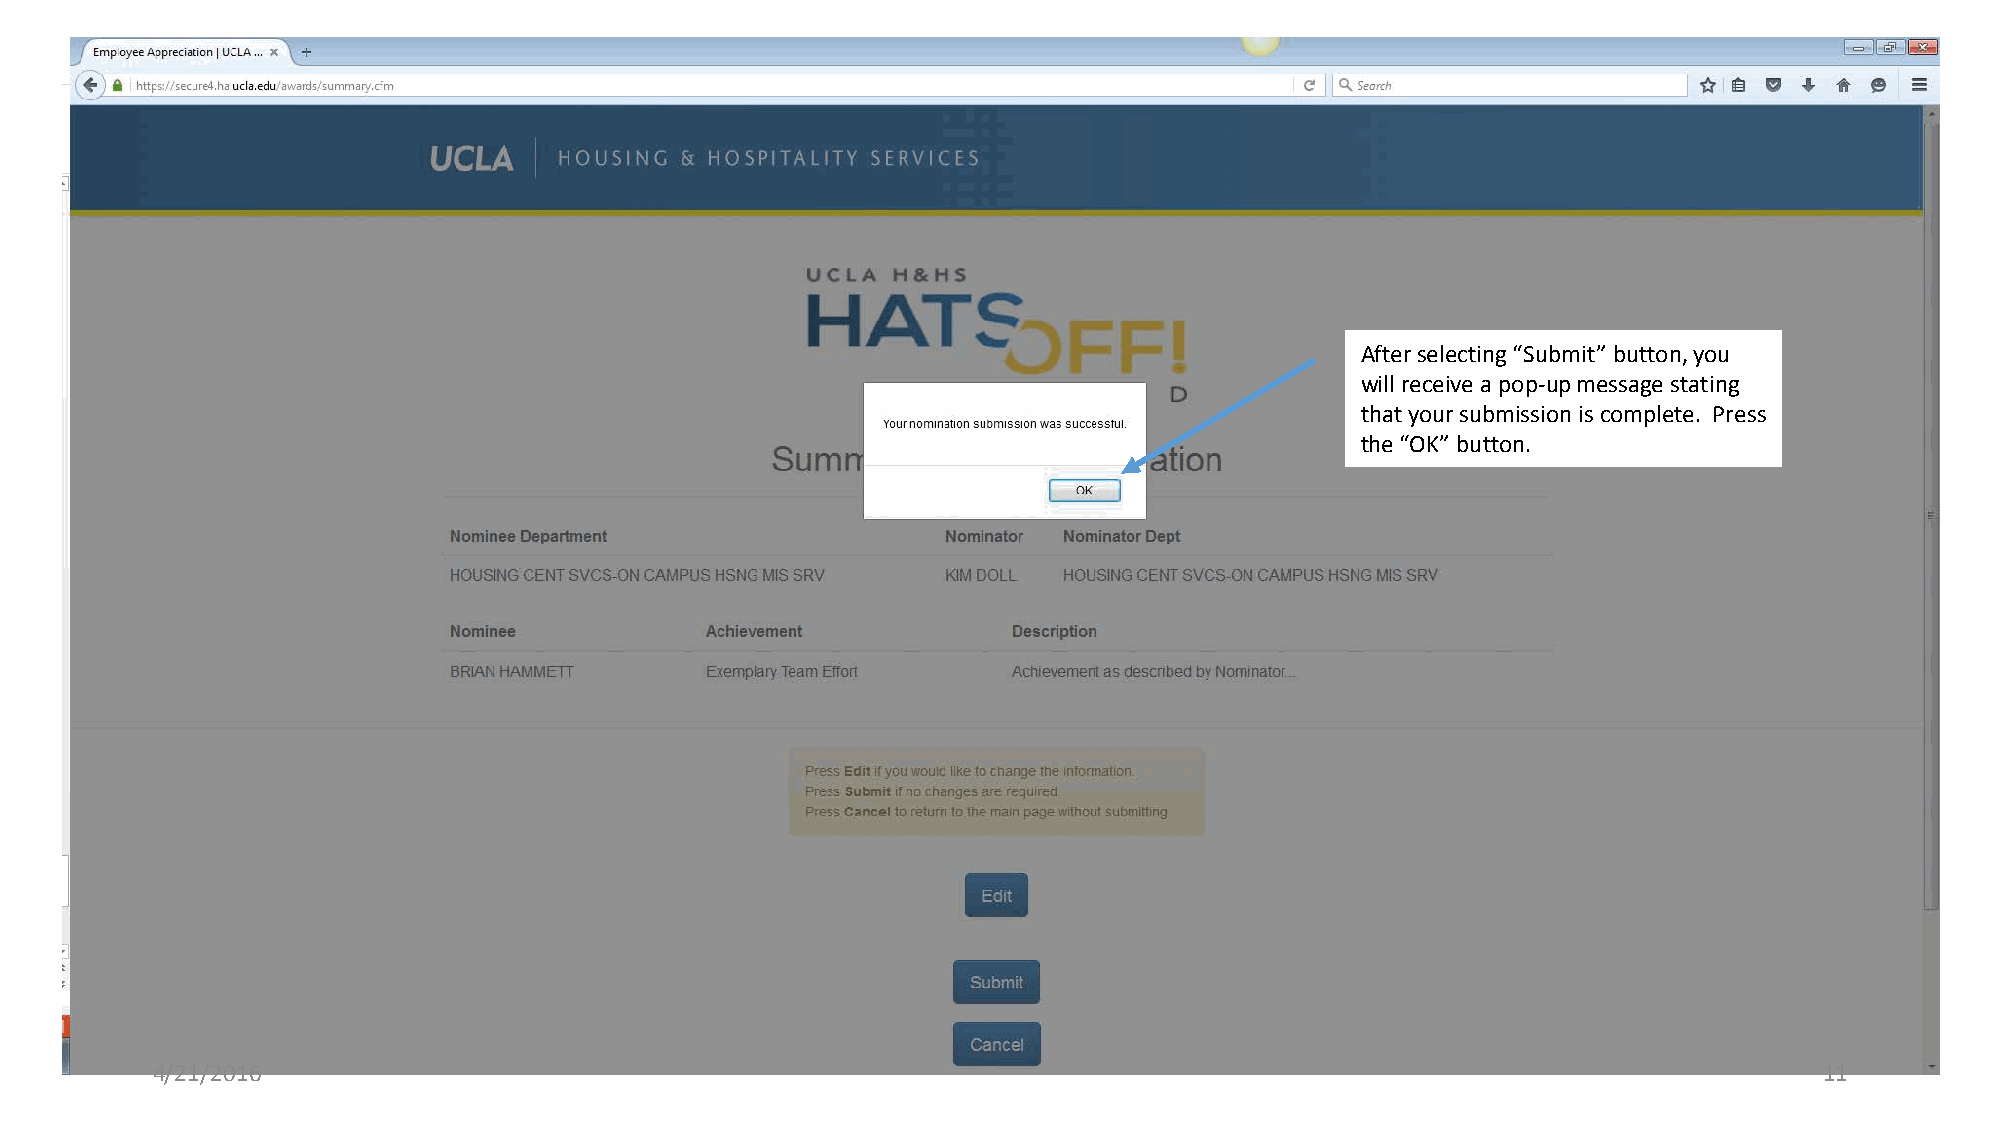
After selecting “Submit” button, you
 will receive a pop-up message stating
 that your submission is complete. Press
 the “OK” button.
 4/21/2016                                                                                                      11